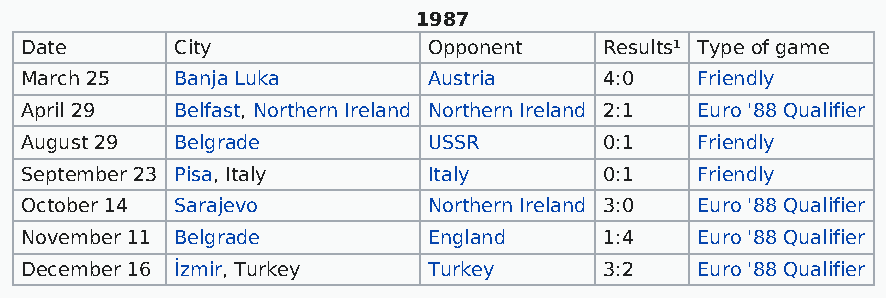
1987
 Date       City            Opponent    Results¹ Type of game
 March 25   Banja Luka      Austria     4:0   Friendly
 April 29   Belfast, Northern Ireland Northern Ireland 2:1 Euro '88 Qualifier
 August 29  Belgrade        USSR        0:1   Friendly
 September 23 Pisa, Italy   Italy       0:1   Friendly
 October 14 Sarajevo        Northern Ireland 3:0 Euro '88 Qualifier
 November 11 Belgrade       England     1:4   Euro '88 Qualifier
 December 16 İzmir, Turkey  Turkey      3:2   Euro '88 Qualifier